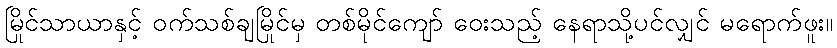
မြိုင်သာယာနှင့် ဝက်သစ်ချမြိုင်မှ တစ်မိုင်ကျော် ဝေးသည့် နေရာသို့ပင်လျှင် မရောက်ဖူး။